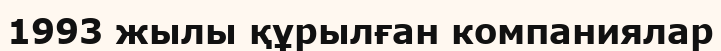
1993 жылы құрылған компаниялар